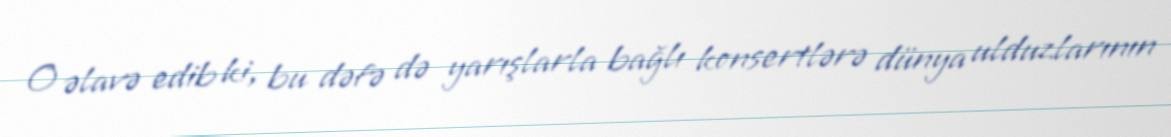
O əlavə edib ki, bu dəfə də yarışlarla bağlı konsertlərə dünya ulduzlarının